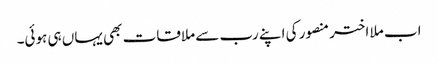
اب ملا اختر منصور کی اپنے رب سے ملاقات بھی یہاں ہی ہوئی۔